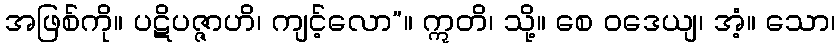
အဖြစ်ကို။ ပဋိပဇ္ဇာဟိ၊ ကျင့်လော”။ ဣတိ၊ သို့။ စေ ဝဒေယျ၊ အံ့။ သော၊